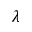
\lambda